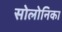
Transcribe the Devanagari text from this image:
सोलोनिका